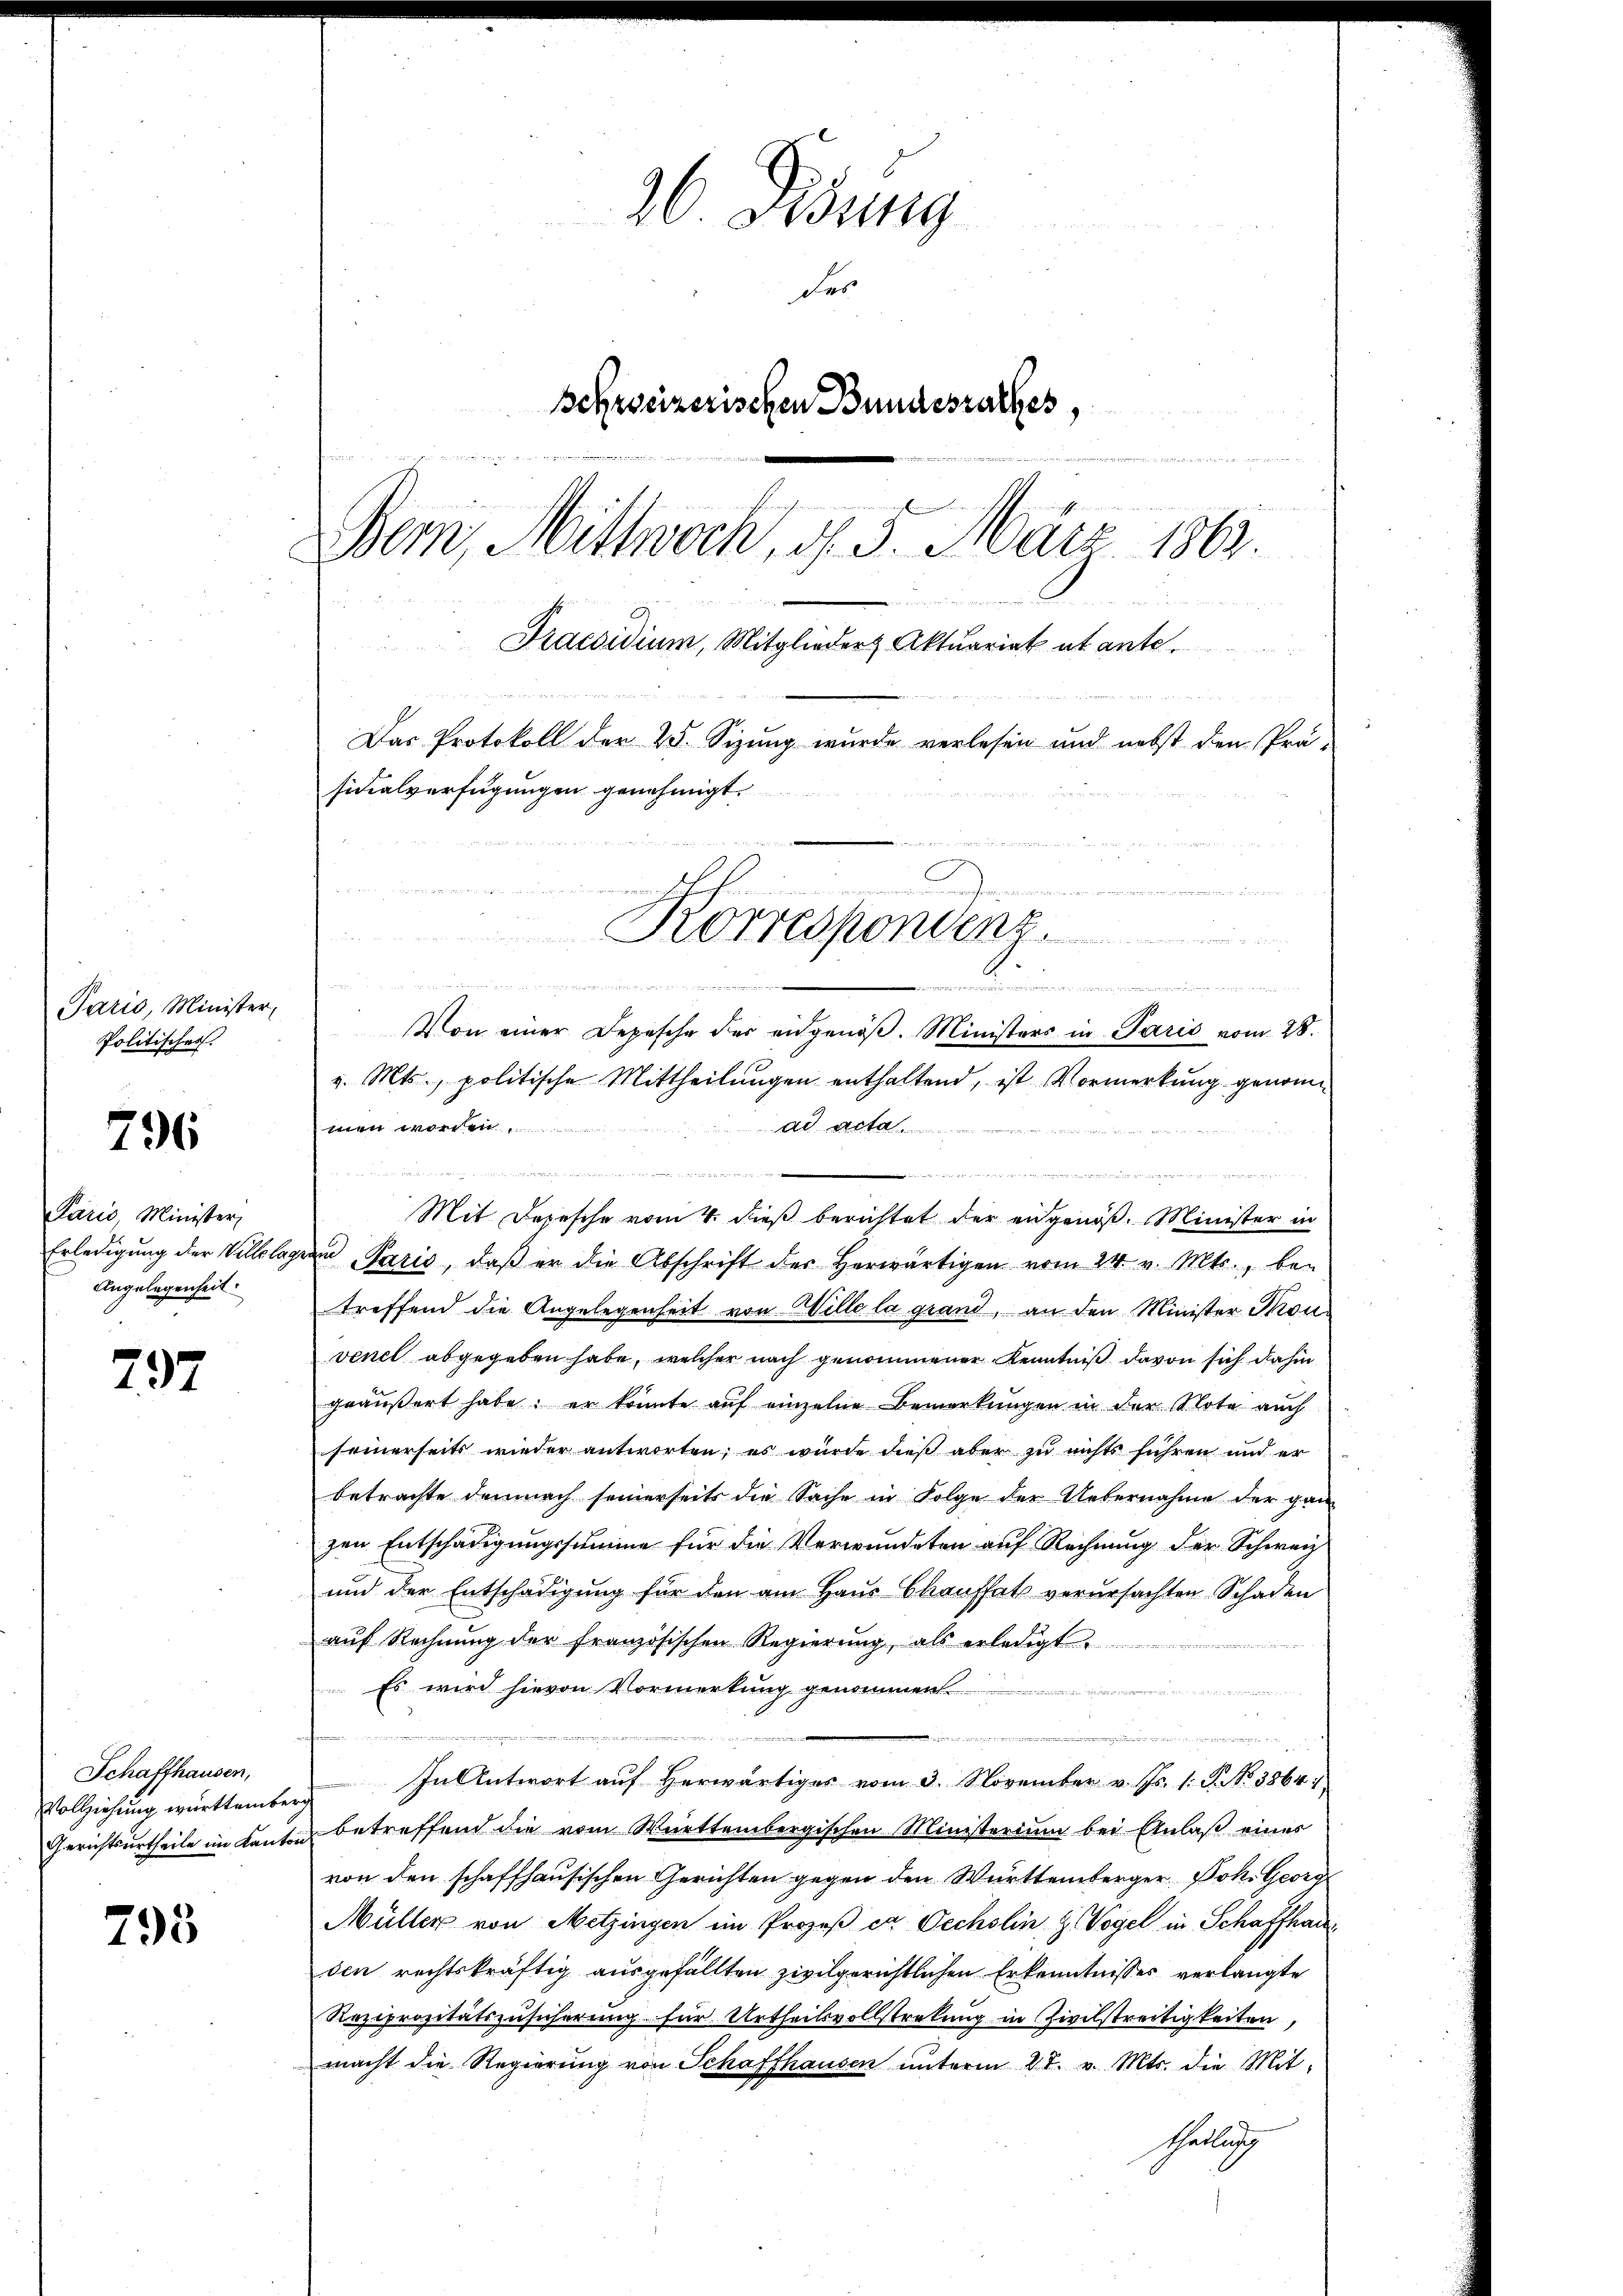
Paris, Minister,
Politischer.

796

Paris, Minister
Angelegenheit.

292

Schaffhausen,
Vollziehung württemberg

795

Das Protokoll der 25. Sizung wurde verlesen und nebst den Präsidialverfügungen genehmigt.

20. Jung
des
Schweizerischen Bundesrathes,
2
r
Bern, Mittwoch, d. 5. März 1863.
n
Praesidium, Mitglieder Aktuariat et ante.

n
u
n e g
 wegen zu sagt in e
e
Von einer Depesche der angenöβ. Ministers in Paris vom 28.
v. Mts., politische Mittheilŭngen enthaltend, ist Vormerkŭng genomad acta
wien worden

e
Mit Depesche vom 4. dieß berichtet der angenöß. Minister in
Erledigŭng der Villlagian Paris, daβ er die Abschrift der herwärtigen vom 24. v. Mts., be-
treffend die Angelegenheit von Wille la grand, an den Minister Ton
venel abgegeben habe, welcher nach genommener Kenntniß davon sich dahin
geäußert habe; er könnte auf einzelne Bemerkungen in der Note auch
seinerseits wieder antworten, es wurde dieß aber zu nichts führen und er
betrachte demnach seinerseits die Sache in Folge der Uebernahme der ganz
zen Entschädigungssumme für die Verwundeten auf Rechnung der Schweiz
und der Entschädigung für den am Haus Chauffatz verursachten Schaden
aŭf Rechnŭng der französischen Regierŭng, als erledigt
Es wird hievon Vormerkung genommen.

In Antwort aŭf herwärtiges vom 3. November v. Js. 1. P. Nr. 3864
Gerichtsurtheile im Kanton betreffend die vom Württembergischen Ministerium bei Anlaß eines
von den schaffhausischen Gerichten gegen den Württemberger Joh. Georg
Müller von Mitzingen ein Prozeß er Oechslin & Vogel in Schaffhau
den rechtskräftig ausgefällten zivilgerichtlichen Erkenntnisses verlangte
Reziprozitätszusicherung für Urtheilsvollstretung in Zivilstreitigkeiten,
macht die Regierŭng von Schaffhausen ŭnterm 27. v. Mts. die Mit-
Ghellig

Korresponienz